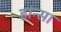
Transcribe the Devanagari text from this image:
हांन्सा